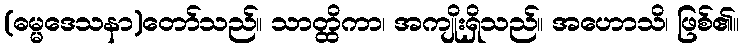
(ဓမ္မဒေသနာ)တော်သည်။ သာတ္ထိကာ၊ အကျိုးရှိသည်။ အဟောသိ၊ ဖြစ်၏။